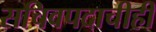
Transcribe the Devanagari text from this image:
सचिवपदाचीही